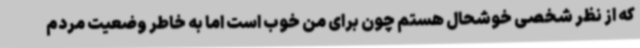
که از نظر شخصی خوشحال هستم چون برای من خوب است اما به خاطر وضعیت مردم